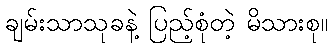
ချမ်းသာသုခနဲ့ ပြည့်စုံတဲ့ မိသားစု။